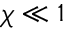
\chi \ll 1